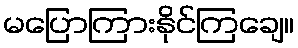
မပြောကြားနိုင်ကြချေ။